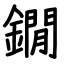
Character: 鐗